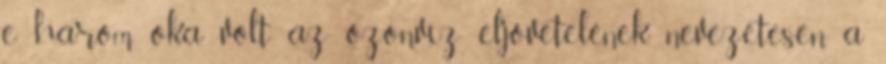
e három oka volt az özönvíz eljövetelének, nevezetesen a